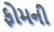
ફોમની